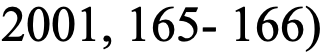
2001, 165- 166)